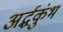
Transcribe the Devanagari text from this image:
अर्द्धकुंभ